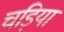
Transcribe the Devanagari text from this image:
चड़िया